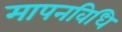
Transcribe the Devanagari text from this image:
मापनविधि